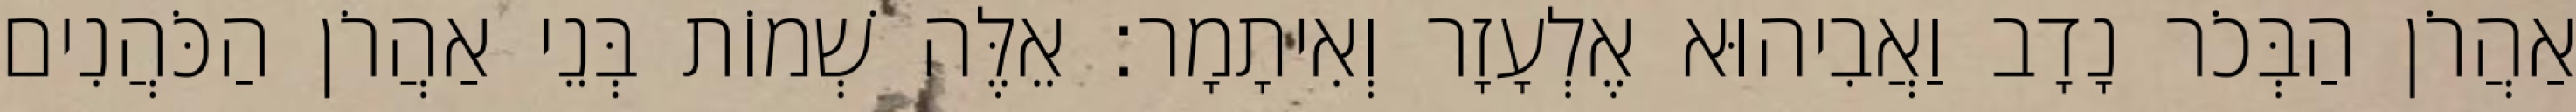
אַהֲרֹן הַבְּכֹר נָדָב וַאֲבִיהוּא אֶלְעָזָר וְאִיתָמָר׃ אֵלֶּה שְׁמוֹת בְּנֵי אַהֲרֹן הַכֹּהֲנִים